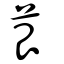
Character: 茛